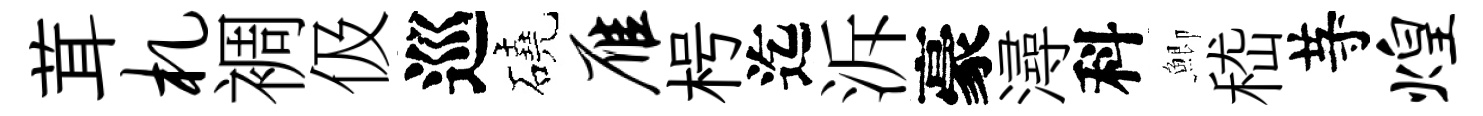
茸札裯伋巡磽雁枵迄泝豪潯科鯽嵇䒭煌